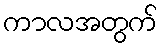
ကာလအတွက်